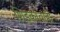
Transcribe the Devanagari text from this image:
शिडकावाही